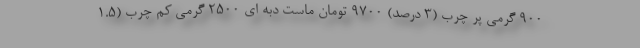
900 گرمی پر چرب (3 درصد) 9700 تومان ماست دبه ای 2500 گرمی کم چرب (1.5